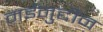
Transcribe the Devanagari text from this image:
मईनुद्दीन